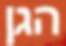
הגן